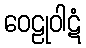
ဝေဠုဝါဋံ